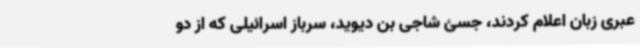
عبری زبان اعلام کردند، جسئ شاجی بن دیوید، سرباز اسرائیلی که از دو